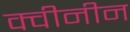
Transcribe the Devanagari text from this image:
क्वीनीन